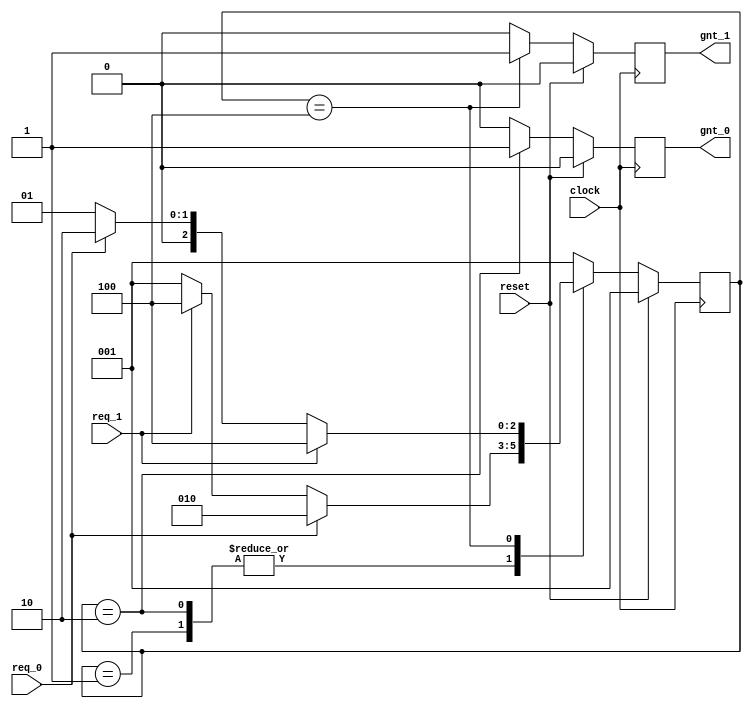
//-----------------------------------------------------
// This is FSM demo program using function
// Design Name : fsm_using_function
//-----------------------------------------------------
module fsm_using_function (
clock      , // clock
reset      , // Active high, syn reset
req_0      , // Request 0
req_1      , // Request 1
gnt_0      , // Grant 0
gnt_1
);
//-------------Input Ports-----------------------------
input   clock,reset,req_0,req_1;
 //-------------Output Ports----------------------------
output  gnt_0,gnt_1;
//-------------Input ports Data Type-------------------
wire    clock,reset,req_0,req_1;
//-------------Output Ports Data Type------------------
reg     gnt_0,gnt_1;
//-------------Internal Constants--------------------------
parameter SIZE = 3           ;
parameter IDLE  = 3'b001,GNT0 = 3'b010,GNT1 = 3'b100 ;
//-------------Internal Variables---------------------------
reg   [SIZE-1:0]          state        ;// Seq part of the FSM
wire  [SIZE-1:0]          next_state   ;// combo part of FSM
//----------Code startes Here------------------------
assign next_state = fsm_function(state, req_0, req_1);
//----------Function for Combo Logic-----------------
function [SIZE-1:0] fsm_function;
  input  [SIZE-1:0]  state ;
  input    req_0 ;
  input    req_1 ;

  case(state)
    IDLE : if (req_0 == 1'b1) begin
                 fsm_function = GNT0;
               end else if (req_1 == 1'b1) begin
                 fsm_function = GNT1;
               end else begin
                 fsm_function = IDLE;
               end
    GNT0 : if (req_0 == 1'b1) begin
                 fsm_function = GNT0;
           end
           else if (req_1== 1'b1) begin
             fsm_function = GNT1;
           end
           else begin
             fsm_function = IDLE;
           end
    GNT1 : if (req_1 == 1'b1) begin
                 fsm_function = GNT1;
               end
               else if (req_0== 1'b1) begin
                 fsm_function = GNT0;
               end
               else begin
                 fsm_function = IDLE;
               end
    default : fsm_function = IDLE;
   endcase
endfunction
//----------Seq Logic-----------------------------
always @ (posedge clock)
begin : FSM_SEQ
  if (reset == 1'b1) begin
    state <= IDLE;
  end else begin
    state <= next_state;
  end
end
//----------Output Logic-----------------------------
always @ (posedge clock)
begin : OUTPUT_LOGIC
if (reset == 1'b1) begin
  gnt_0 <=  1'b0;
  gnt_1 <=  1'b0;
end
else begin
  case(state)
    IDLE : begin
                  gnt_0 <= 1'b0;
                  gnt_1 <= 1'b0;
               end
   GNT0 : begin
                   gnt_0 <= 1'b1;
                   gnt_1 <= 1'b0;
                end
   GNT1 : begin
                   gnt_0 <= 1'b0;
                   gnt_1 <= 1'b1;
                end
   default : begin
                    gnt_0 <= 1'b0;
                    gnt_1 <= 1'b0;
                  end
  endcase
end
end // End Of Block OUTPUT_LOGIC

endmodule // End of Module arbiter